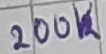
Text: 200K